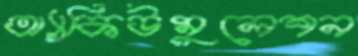
অ্যাকিউমুলেশন